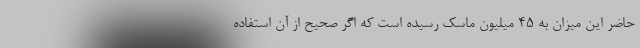
حاضر این میزان به ۴۵ میلیون ماسک رسیده است که اگر صحیح از آن استفاده